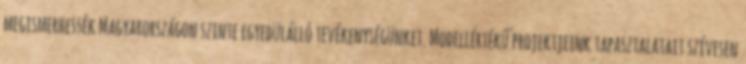
megismerhessék Magyarországon szinte egyedülálló tevékenységünket. Modellértékű projektjeink tapasztalatait szívesen